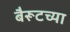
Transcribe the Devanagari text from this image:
बैरूटच्या